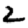
Digit: 2